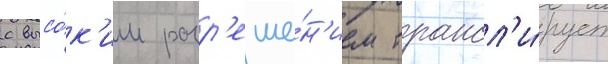
с высо́к'им разр'еше́н'ием трансл'и́рует